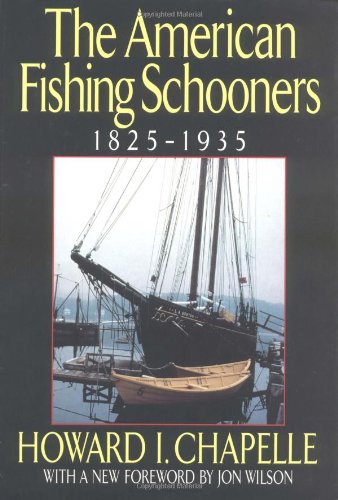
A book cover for The American Fishing Schooners, 1825-1935; Howard I. Chapelle; Arts & Photography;